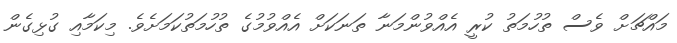
މައްޗަށް ވެސް ތުހުމަތު ކުރީ އެއްވުންމަނާ ތަނަކަށް އެއްވުމުގެ ތުހުމަތުކަމަށެވެ. މިކަމާއި ގުޅިގެން